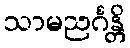
သာမညင်္ဂန္တိ